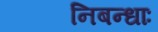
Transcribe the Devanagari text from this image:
निबन्धाः